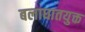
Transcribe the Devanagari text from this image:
बलाघातयुक्त